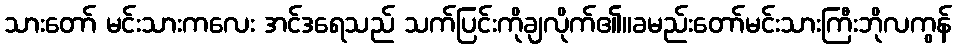
သားတော် မင်းသားကလေး အင်ဒရေသည် သက်ပြင်းကိုချလိုက်၏။ခမည်းတော်မင်းသားကြီးဘိုလကွန်